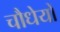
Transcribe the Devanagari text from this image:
चौधेयों